Scientific memoirs by medical officers of the Army of India - Part XII,
Year: 1901
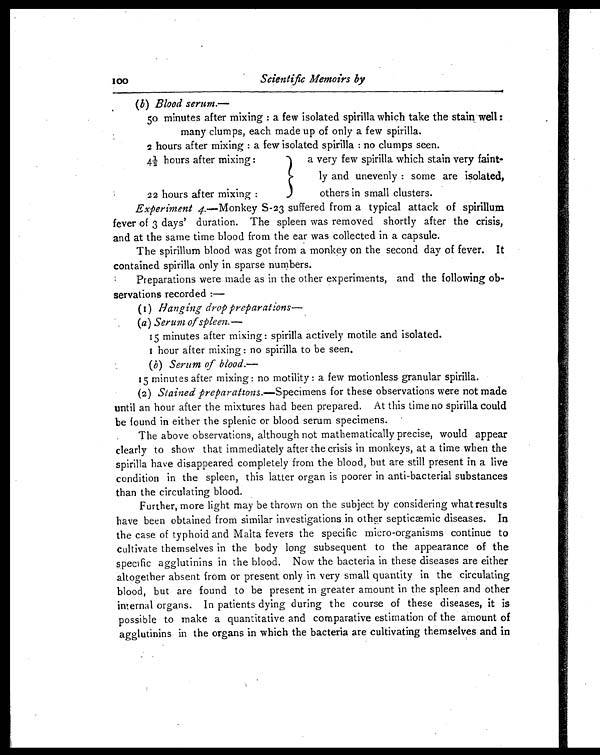
100
Scientific Memoirs by
(b) Blood serum.—
50 minutes after mixing: a few isolated spirilla which take the stain well:
many clumps, each made up of only a few spirilla.
2 hours after mixing : a few isolated spirilla : no clumps seen.
4 ½ hours after mixing:
a very few spirilla which stain very faint-
ly and unevenly: some are isolated,
others in small clusters.
22 hours after mixing:
Experiment 4.—Monkey S-23 suffered from a typical attack of spirillum
fever of 3 days' duration. The spleen was removed shortly after the crisis,
and at the same time blood from the ear was collected in a capsule.
The spirillum blood was got from a monkey on the second day of fever. It
contained spirilla only in sparse numbers.
Preparations were made as in the other experiments, and the following ob-
servations recorded
:—
(1) Hanging drop preparations—
(a ) Serum of spleen.—
15 minutes after mixing: spirilla actively motile and isolated.
1 hour after mixing: no spirilla to be seen.
( b ) Serum of blood.—
15 minutes after mixing: no motility: a few motionless granular spirilla.
(2) Stained preparations.—Specimens for these observations were not made
until an hour after the mixtures had been prepared. At this time no spirilla could
be found in either the splenic or blood serum specimens.
The above observations, although not mathematically precise, would appear
clearly to show that immediately after the crisis in monkeys, at a time when the
spirilla have disappeared completely from the blood, but are still present in a live
condition in the spleen, this latter organ is poorer in anti-bacterial substances
than the circulating blood.
Further, more light may be thrown on the subject by considering what results
have been obtained from similar investigations in other septicæmic diseases. In
the case of typhoid and Malta fevers the specific micro-organisms continue to
cultivate themselves in the body long subsequent to the appearance of the
specific agglutinins in the blood. Now the bacteria in these diseases are either
altogether absent from or present only in very small quantity in the circulating
blood, but are found to be present in greater amount in the spleen and other
internal organs. In patients dying during the course of these diseases, it is
possible to make a quantitative and comparative estimation of the amount of
agglutinins in the organs in which the bacteria are cultivating themselves and in